Civil Veterinary Dept. Bombay admin report 1893-99 - 1893-1899
Year: 1893
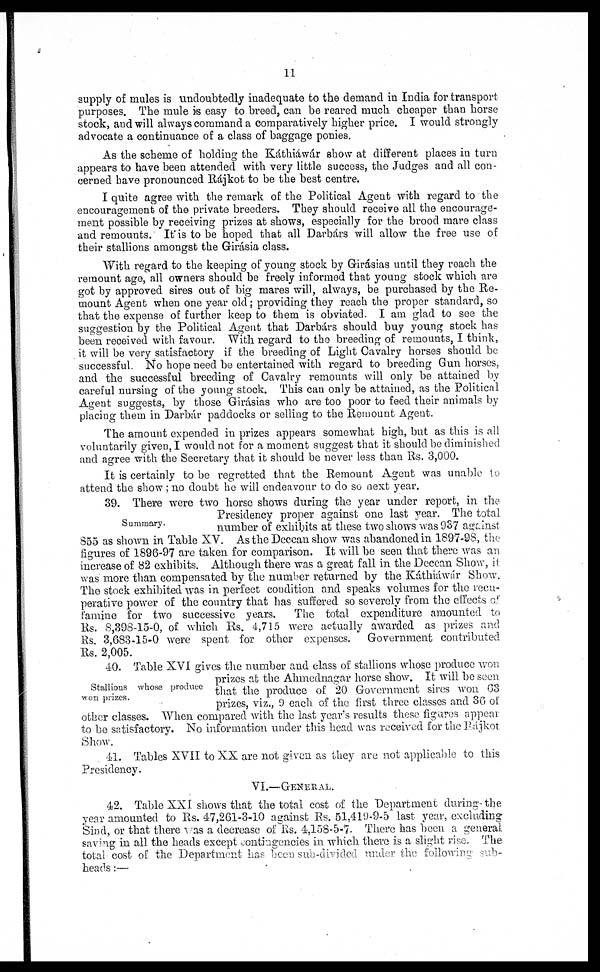
11
supply of mules is undoubtedly inadequate to the demand in India for transport
purposes. The mule is easy to breed, can be reared much cheaper than horse
stock, and will always command a comparatively higher price. I would strongly
advocate a continuance of a class of baggage ponies.
As the scheme of holding the Káthiáwár show at different places in turn
appears to have been attended with very little success, the Judges and all con-
cerned have pronounced Rájkot to be the best centre.
I quite agree with the remark of the Political Agent with regard to the
encouragement of the private breeders. They should receive all the encourage-
ment possible by receiving prizes at shows, especially for the brood mare class
and remounts. It is to be hoped that all Darbárs will allow the free use of
their stallions amongst the Girásia class.
With regard to the keeping of young stock by Girásias until they reach the
remount age, all owners should be freely informed that young stock which are
got by approved sires out of big mares will, always, be purchased by the Re-
mount Agent when one year old; providing they reach the proper standard, so
that the expense of further keep to them is obviated. I am glad to see the
suggestion by the Political Agent that Darbárs should buy young stock has
been received with favour. With regard to the breeding of remounts, I think,
it will be very satisfactory if the breeding of Light Cavalry horses should be
successful. No hope need be entertained with regard to breeding Gun horses,
and the successful breeding of Cavalry remounts will only be attained by
careful nursing of the young stock. This can only be attained, as the Political
Agent suggests, by those Girásias who are too poor to feed their animals by
placing them in Darbár paddocks or selling to the Remount Agent.
The amount expended in prizes appears somewhat high, but as this is all
voluntarily given, I would not for a moment suggest that it should be diminished
and agree with the Secretary that it should be never less than Rs. 3,000.
It is certainly to be regretted that the Remount Agent was unable to
attend the show; no doubt he will endeavour to do so next year.
Summary.
39. There were two horse shows during the year under report, in the
Presidency proper against one last year. The total
number of exhibits at these two shows was 937 against
855 as shown in Table XV. As the Deccan show was abandoned in 1897-98, the
figures of 1896-97 are taken for comparison. It will be seen that there was an
increase of 82 exhibits. Although there was a great fall in the Deccan Show, it
was more than compensated by the number returned by the Káthiáwár Show.
The stock exhibited "was in perfect condition and speaks volumes for the recu-
perative power of the country that has suffered so severely from the effects of
famine for two successive years.
The total expenditure amounted to
Rs. 8,398-15-0, of which Rs. 4,715 were actually awarded as prizes and
Rs. 3,683-15-0 were spent for other expenses.
Government contributed
Rs. 2,005.
Stallions whose produce
won prizes.
40. Table XVI gives the number and class of stallions whose produce won
prizes at the Ahmednagar horse show. It will be seen
that the produce of 20 Government sires won 63
prizes, viz., 9 each of the first three classes and 36 of
other classes. When compared with the last year's results these figures appear
to be satisfactory. No information under this head was received for the Rájkot
Show.
41. Tables XVII to XX are not given as they are not applicable to this
Presidency.
VI.—GENERAL.
42. Table XXI shows that the total cost of the Department during the
year amounted to Rs. 47,261-3-10 against Rs. 51,419-9-5 last year, excluding
Sind, or that there was a decrease of Rs. 4,158-5-7. There has been a general
saving in all the heads except contingencies in which there is a slight rise. The
total cost of the Department has been sub-divided under the following sub-
heads :—